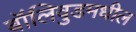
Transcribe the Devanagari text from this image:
बॉलिवुडमधील